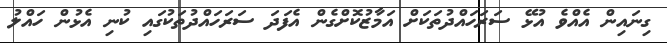
ގިނައިން އެއްވެ އުޅޭ ސަރަހައްދުތަކަށް އަމާޒުކޮށްގެން އެފަދަ ސަރަހައްދުތަކުގައި ކުނި އެޅުން ހައްލު